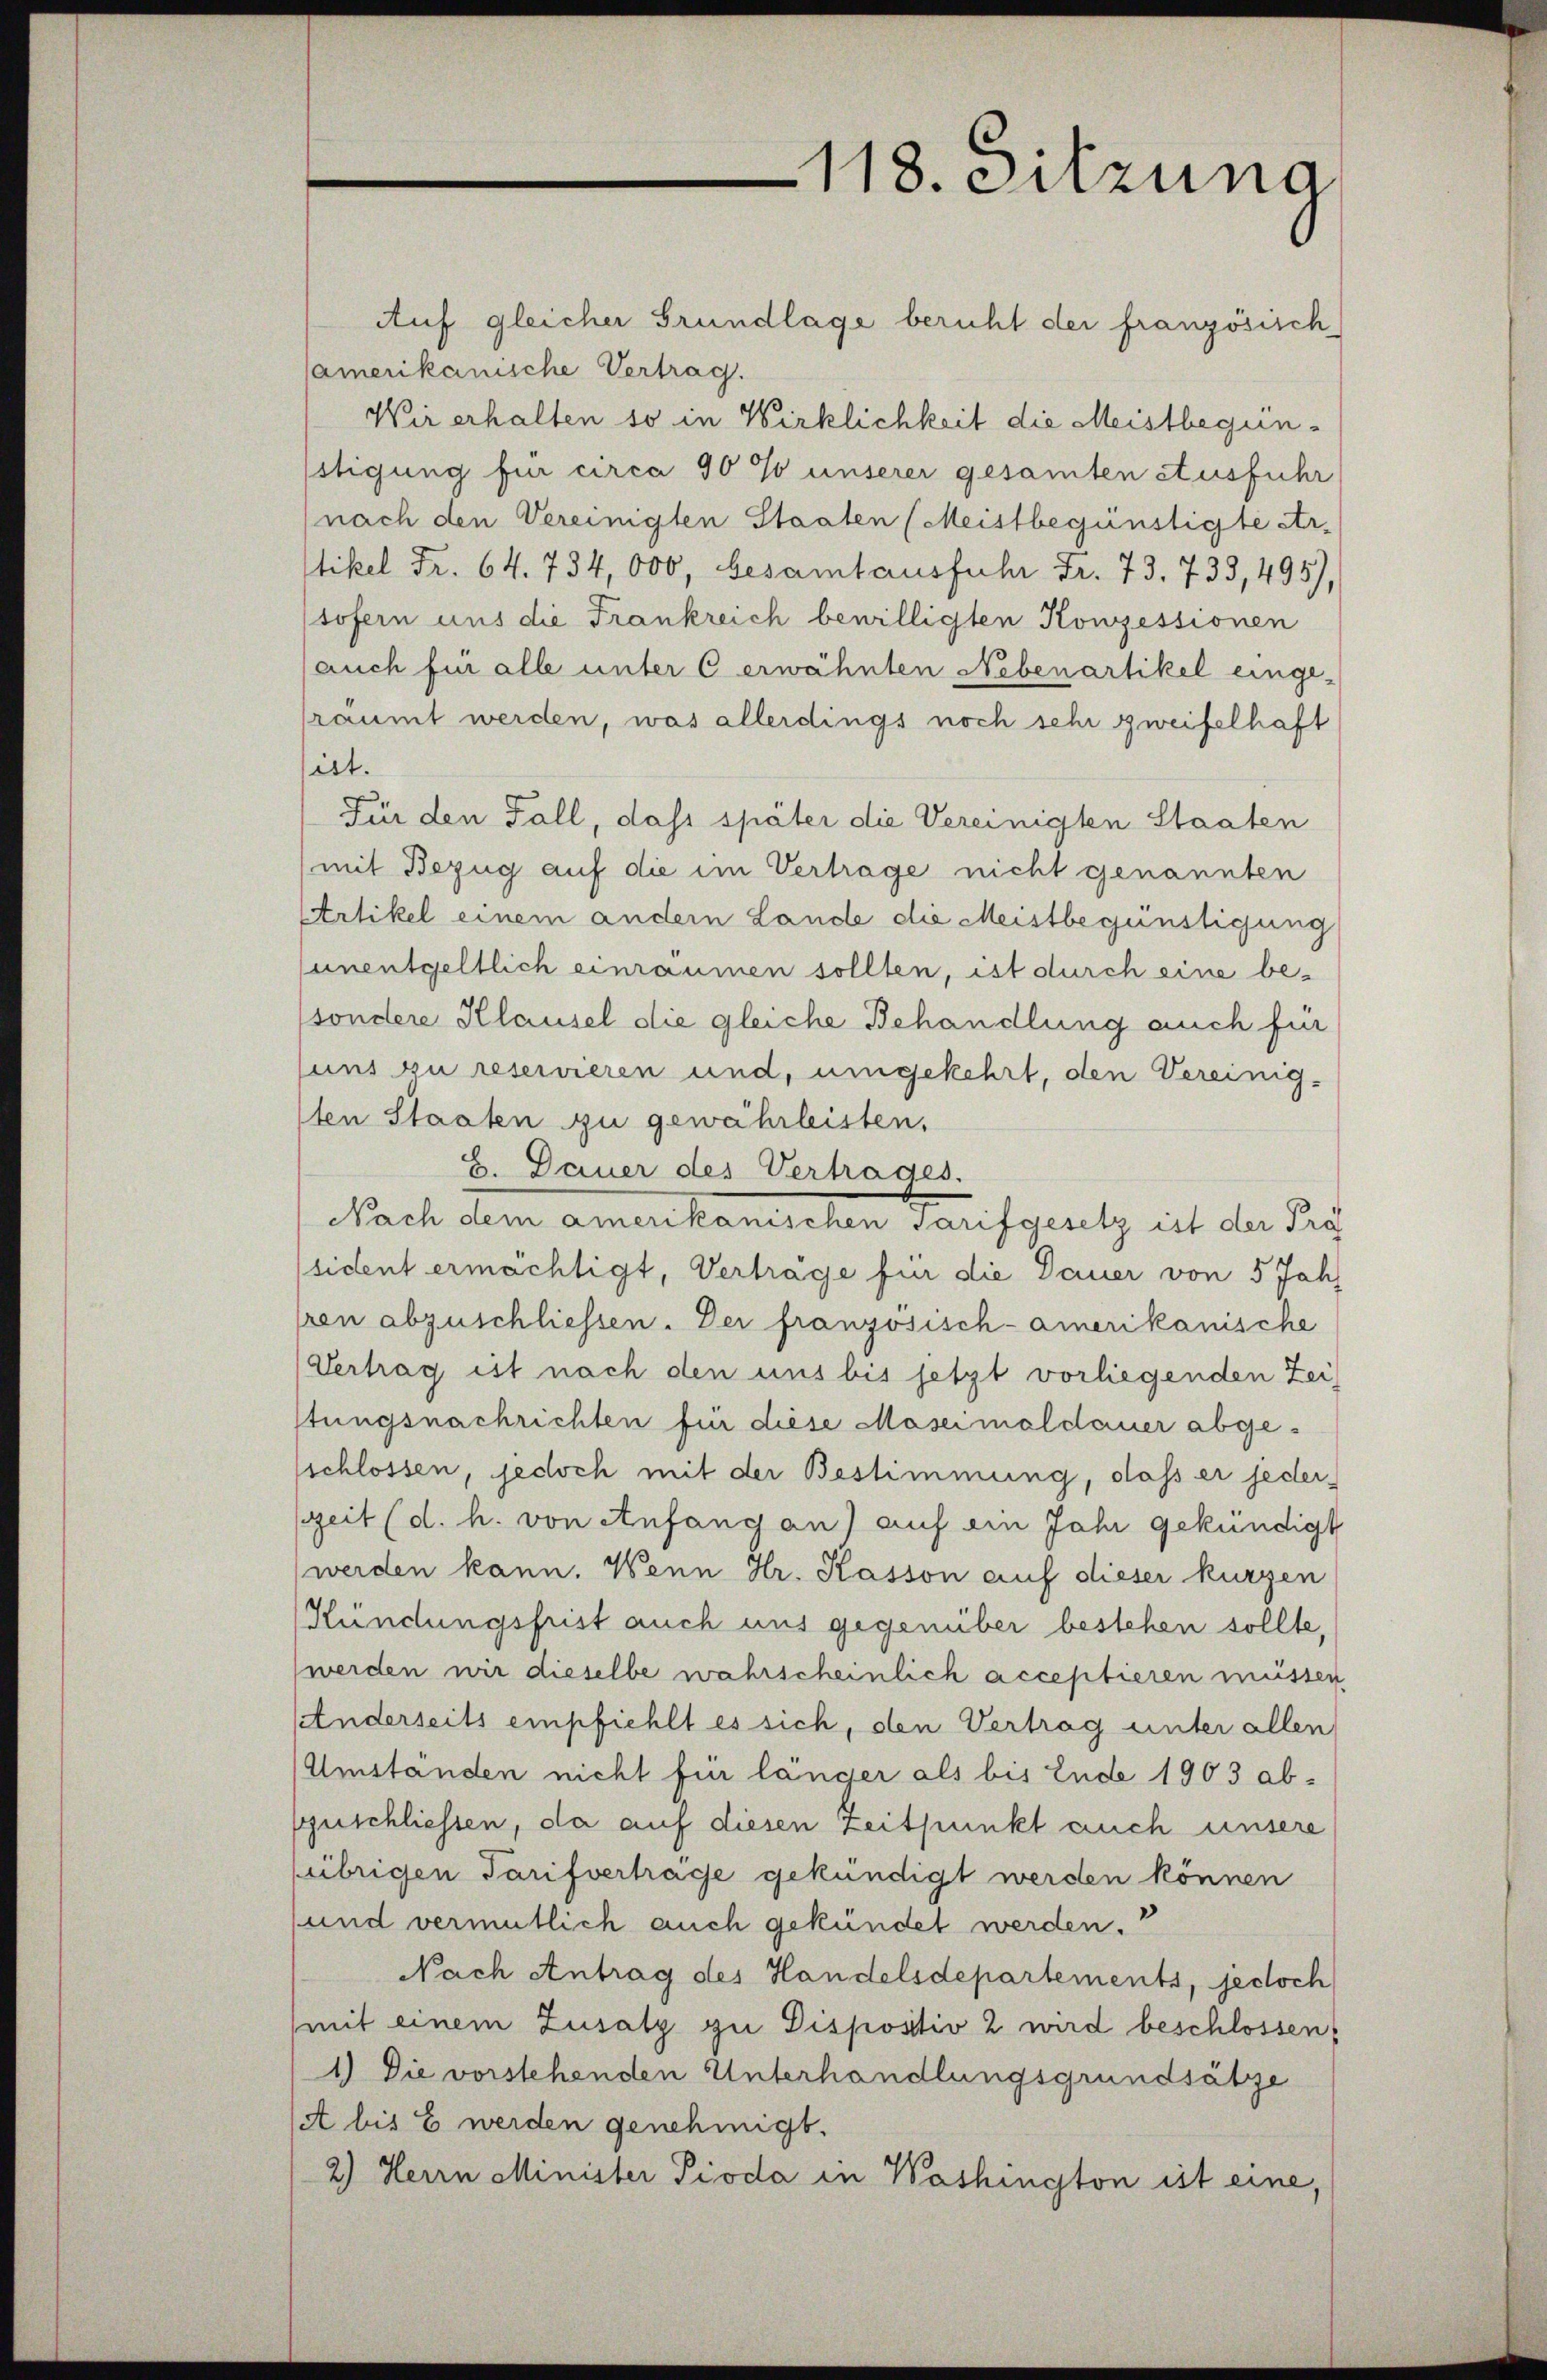
118. Sitzung

Auf gleicher Grundlage beruht der französisch
Camerikanische Vertrag.
Wir erhalten so in Wirklichkeit die Meistbegun¬
1stigung für circa 90 % unserer gesamten Ausführ
nach den Vereinigten Staaten (Meistbegünstigte Ar¬
Stikel Fr. 64. 734,000, besamtausfuhr Fr. 73. 733, 495),
sofern aus die Frankreich bewilligten Konzessionen
(auch für alle unter C erwähnten Nebenartikel einge-
räumt werden, was allerdings noch sehr zweifelhaft
ist.
Für den Fall, dass später die Vereinigten Staaten
(mit Bezug auf die im Vertrage nicht genannten
Artikel einem andern Lande die Meistbegünstigung
unentgeltlich einräumen sollten, ist durch eine be¬
(sondere Klausel die gleiche Behandlung auch für
suns zu reservieren und, umgekehrt, den Vereinig-
sten Staaten zu gewährleisten,
8. Dauer des Vertrages.
Nach dem amerikanischen Tarifgesetz ist der Prof
sident ermächtigt, Verträge für die Dauer von 5 Jahr
ren abzuschliessen. Der französisch-amerikanische
(Vertrag ist nach den uns bis jetzt vorliegenden Zeistungsnachrichten für diese Maseimaldauer abgeschlossen, jedoch mit der Bestimmung, daß er jeder-
szeit (d. h. von Anfang an) auf ein Jahr gekündigt
(werden kann. Wenn Hr. Kasson auf dieser kurzen
Kündungsfrist auch uns gegenüber bestehen sollte,
(werden wir dieselbe wahrscheinlich acceptieren müssen
Anderseits empfiehlt es sich, den Vertrag unter allen
Umstanden nicht für länger als bis Ende 1903 abszuschliessen, da auf diesen Zeitpunkt auch unsere
(übrigen Tarifvertrage gekündigt werden können
und vermutlich auch gekündet werden.
Nach Antrag des Handelsdepartements, jedoch
mit einem Zusatz zu Dispositiv 2 wird beschlossen
1.) Die vorstehenden Unterhandlungsgrundsätze
(A bis 8 werden genehmigt.
2) Herrn Minister Pioda in Washington ist eine,